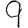
Digit: 9